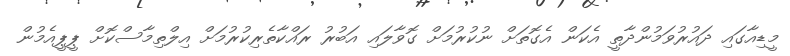
މީޑިއާގައި ދައުރުވަމުންދާތީ އެކަން އެގޮތަށް ނުކުރުމަށް ގޮވާލައި އަބުރު ރައްކާތެރިކުރުމަށް އިލްތިމާސްކޮށް ޕީޕީއެމުން